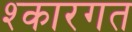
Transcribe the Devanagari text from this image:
श्कारगत